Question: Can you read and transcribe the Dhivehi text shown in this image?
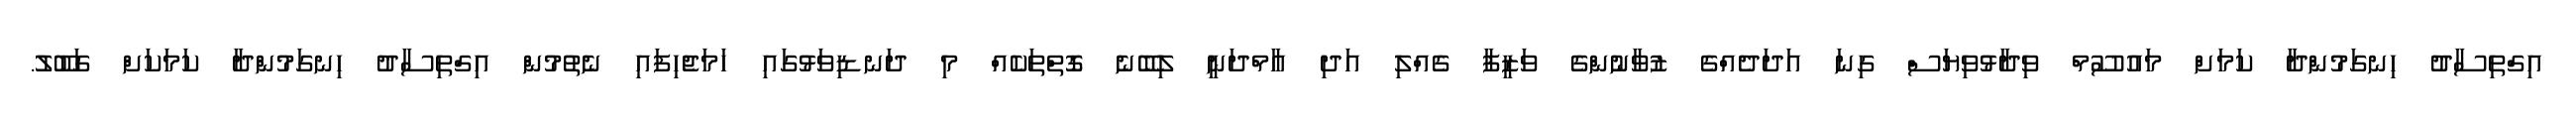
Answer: އިގްތިސާދު ހިނގަމުންދާ ކަމަށް މައުސޫމް ވިދާޅުވިޔަސް ގިނަ އަދަދެއްގެ ޒުވާނުންގެ ވަޒީފާ ގެއްލި އަދި އާމްދަނީ ލިބޭނެ ގޮތްތަކެއް މި ދަނޑިވަޅުގައި ހަމަޖެހިފައި ނެތުމުން އިގްތިސާދު ހިނގަމުންދާ ކަމަކަށް ގަބޫލު.